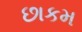
છાકમ